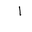
Letter: _alif